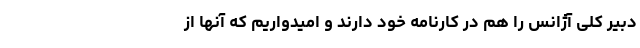
دبیر کلی آژانس را هم در کارنامه خود دارند و امیدواریم که آنها از